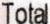
TOTAL